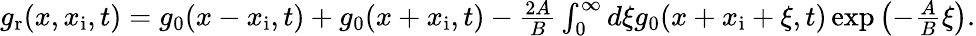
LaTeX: \begin{array}{r}{g_{\mathrm{r}}(x,x_{\mathrm{i}},t)=g_{0}(x-x_{\mathrm{i}},t)+g_{0}(x+x_{\mathrm{i}},t)-\frac{2A}{B}\int_{0}^{\infty}d\xi g_{0}(x+x_{\mathrm{i}}+\xi,t)\exp\left(-\frac{A}{B}\xi\right).}\end{array}